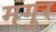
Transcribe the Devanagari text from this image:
मगुर